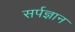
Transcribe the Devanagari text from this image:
सर्पज्ञान